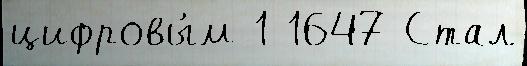
цифровы́м 1 1647 Стал